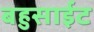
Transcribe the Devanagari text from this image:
बहुसाईट